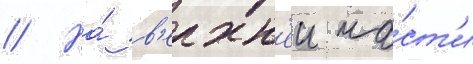
// На́ в'ерхн'еи ча́ст'и